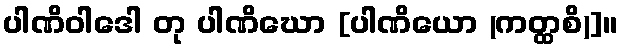
ပါဏိဝါဒေါ တု ပါဏိဃော [ပါဏိယော (ကတ္ထစိ)]။